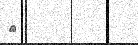
٣